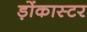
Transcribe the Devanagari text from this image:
ड़ोंकास्टर